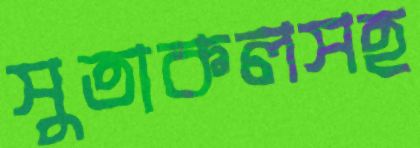
সুতাকলসহ